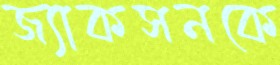
জ্যাকসনকে